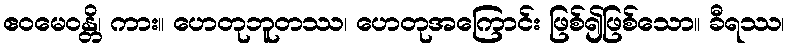
ဧဝမေဝန္တိ၊ ကား။ ဟေတုဘူတဿ၊ ဟေတုအကြောင်း ဖြစ်၍ဖြစ်သော။ ခီရဿ၊